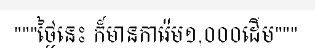
"""ថ្ងៃនេះ ក៏មានការ៉េម១,០០០ដើម"""